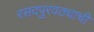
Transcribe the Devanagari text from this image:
रसदपुरवठ्याची